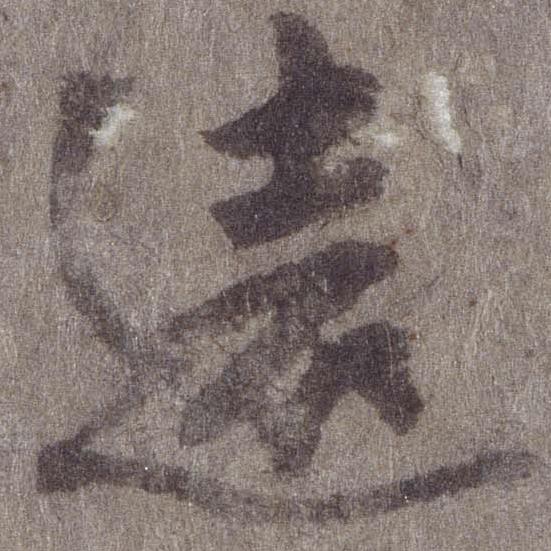
遠